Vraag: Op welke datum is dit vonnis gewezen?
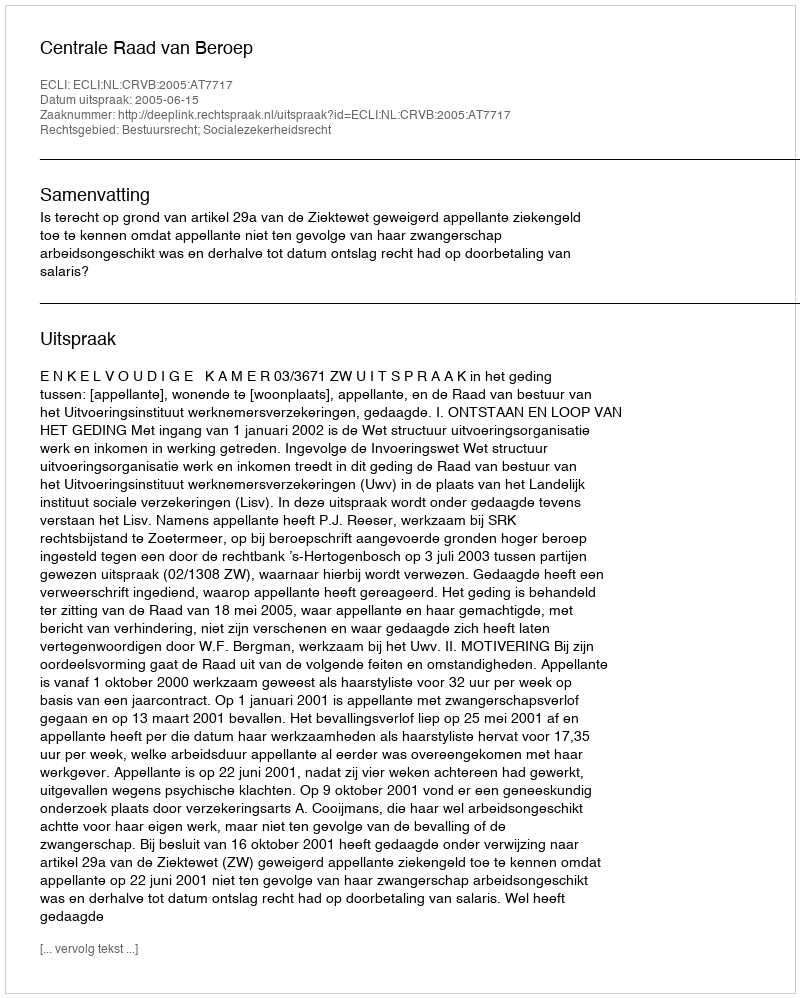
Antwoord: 2005-06-15